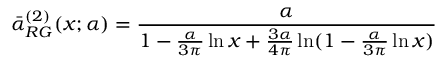
\bar { \alpha } _ { R G } ^ { ( 2 ) } ( x ; \alpha ) = \frac { \alpha } { 1 - \frac { \alpha } { 3 \pi } \ln x + \frac { 3 \alpha } { 4 \pi } \ln ( 1 - \frac { \alpha } { 3 \pi } \ln x ) }